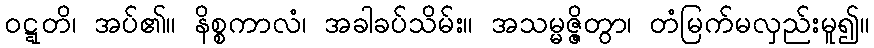
ဝဋ္ဋတိ၊ အပ်၏။ နိစ္စကာလံ၊ အခါခပ်သိမ်း။ အသမ္မဇ္ဇိတွာ၊ တံမြက်မလှည်းမူ၍။